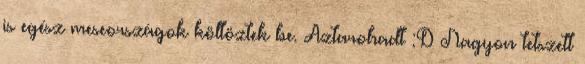
is egész meseországok költöztek be. Aztarohadt :D Nagyon tetszett